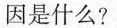
因是什么?